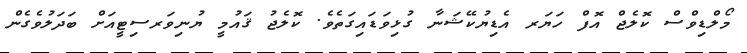
މޯލްޑިވްސް ކޮލެޖް އޮފް ހަޔަރ އެޑިޔުކޭޝަނާ ގުޅިވަޑައިގަތެވެ. ކޮލެޖު ޤައުމީ ޔުނިވަރސިޓީއަށް ބަދަލުވެގެން